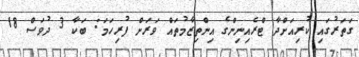
ގަތަރުގައި ކުރިއަށްދާ ޓްރެއިނިންގެ އިންތިޒާމުތައް ވަރަށް ފުރިހަމަ: ބަކާ 3 ދުވަސް 18